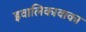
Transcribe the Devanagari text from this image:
इवालिकावाका